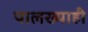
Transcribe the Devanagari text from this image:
पालख्याही